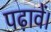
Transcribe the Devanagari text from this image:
पढ़ावें।